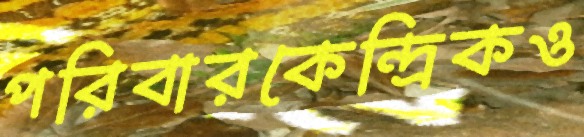
পরিবারকেন্দ্রিকও